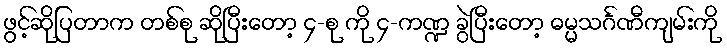
ဖွင့်ဆိုပြတာက တစ်စု ဆိုပြီးတော့ ၄-စု ကို ၄-ကဏ္ဍ ခွဲပြီးတော့ ဓမ္မသင်္ဂဏီကျမ်းကို